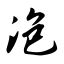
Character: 泡